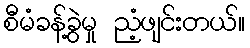
စီမံခန့်ခွဲမှု ညံ့ဖျင်းတယ်။